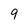
Character: 9